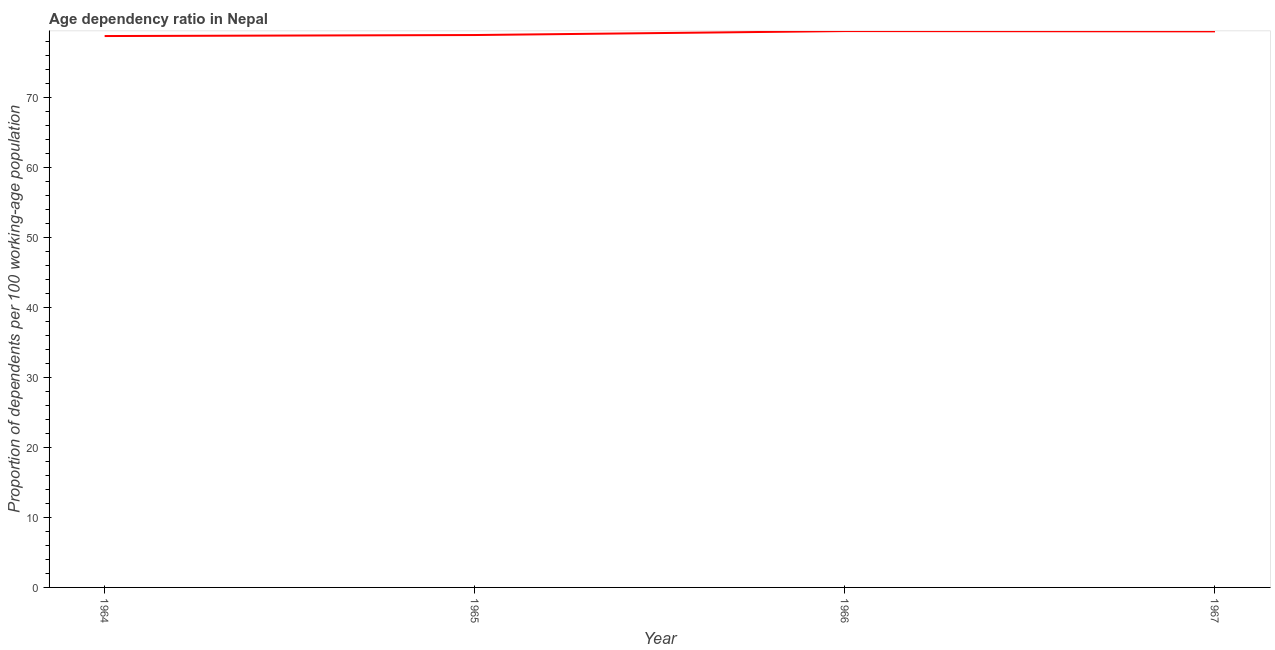
| Year | Age dependency ratio (% of working-age population) |
 | --- | --- |
 | 1964 | 78.8 |
 | 1965 | 78.9 |
 | 1966 | 79.5 |
 | 1967 | 79.5 |